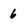
Character: 6